Civil Veterinary Department Bihar & Orissa reports 1922-29 - 1922-1929
Year: 1922
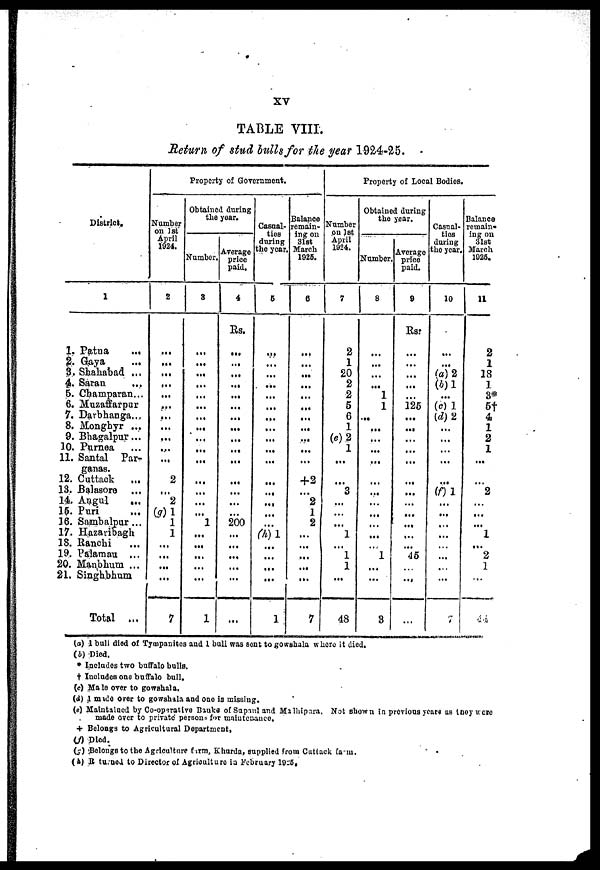
XV
TABLE VIII.
Return of stud bulls for the year 1924-25.
District.
1
1. Patna
...
2. Gaya ...
3, Shahabad ...
4. Saran.
5. Champaran...
6. Muzaffarpur
7. Darbhanga...
8. Monghyr ...
9. Bliagalpur...
10. Purnea
11.Santal Par-
ganas
12. Cuttack
...
13. Balasore ...
14. Aagul
....
15. Puri
16. Sambalpur...
17. Hazaribagh
18. Ranchi
19. Palamau ...
20. Manbhum ...
21. Singhbhum
Total ...
Property of Government.
Number
on 1st
April
1924.
2
...
...
...
...
...
...
...
...
...
...
...
2
...
2
(q)1
1
1
...
...
7
Obtained during
the year.
Number.
3
...
...
...
...
....
...
...
...
...
...
...
...
...
...
...
1
...
...
...
1
Average
price
paid.
4
Rs.
...
...
....
...
...
...
...
...
...
...
...
...
...
...
...
200
....
...
...
...
...
...
Casual-
ties
during
the year.
6
...
...
...
...
...
...
...
....
...
...
...
...
.....
...
(h)1
...
1
Balance
remain-
ing on
31 st
March
1925.
6
...
...
...
...
...
...
...
...
...
...
+2
2 1
2
...
...
...
. .»
.....
7
Property of Local Bodies.
Number
on 1st
April
1924.
7
2
1
20
2
2
5
6
1
(e)2
1
...
...
3
....
...
...
1
...
1
1
...
48
Obtained during
the year.
Number.
8
...
...
...
1
1
....
...
...
...
....
...
...
...
...
...
" 1
...
...
8
Average
price
paid.
9
Rs:
....
.....
....
...
125
...
...
...
...
.....
....
...
...
...
...
...
45
....
Casual-
ties
during
the year.
10
...
...
(a) 2
(b)l
(e)1
(d)2
...
...
...
...
...
(f )1
....
....
....
...
...
...
...
7
Balance
remain-
ing on
31st
March
1026.
11
2
1
18
1
3*
5†
4
1
2
1
...
...
2
...
...
...
1
...
2
1
...
44
(a) 1 bull died of Tympanites and 1 bull was sent to gowshala where it died.
(b) Died.
* Includes two buffalo bulls.
† Inoludes one buffalo bull.
(c) Male over to gowshala.
(d) 1 mide over to gowshala and one is missing.
(e) Maintained by Co-operative Bauks of Supnul and Malhipura. Not shown in previous years as they were
made over to private' persons for maintenance.
+ Belongs to Agricultural Department.
(f) Died.
(g) Belongs to the Agriculture firm, Khurda, supplied from Cuttack from.
(h) R tu.nol to Director of Agriculture a February 1925.